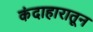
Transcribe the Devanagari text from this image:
कंदाहारातून